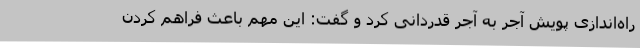
راه‌اندازی پویش آجر به آجر قدردانی کرد و گفت: این مهم باعث فراهم کردن